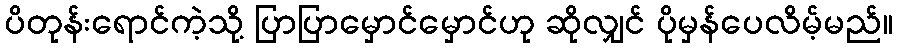
ပိတုန်းရောင်ကဲ့သို့ ပြာပြာမှောင်မှောင်ဟု ဆိုလျှင် ပိုမှန်ပေလိမ့်မည်။